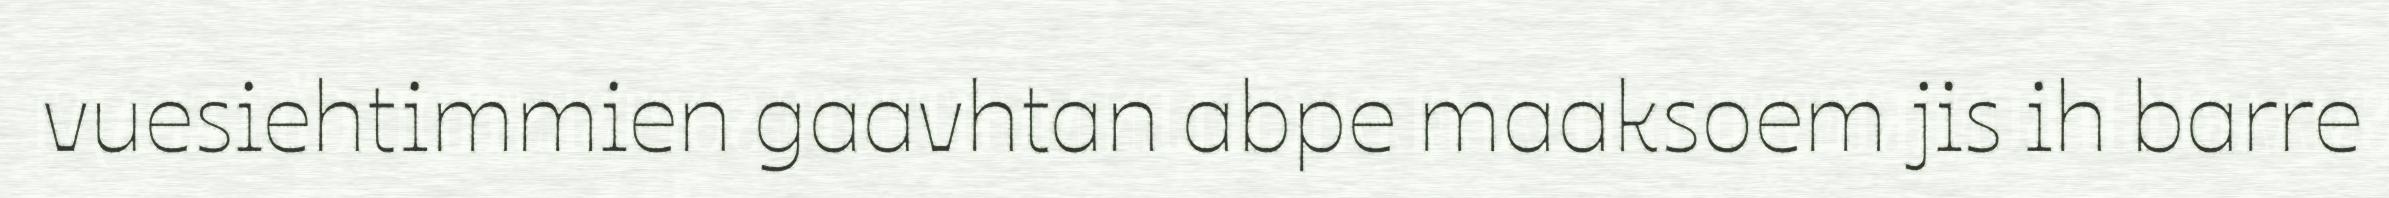
vuesiehtimmien gaavhtan abpe maaksoem jis ih barre